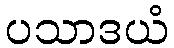
ပသာဒယံ